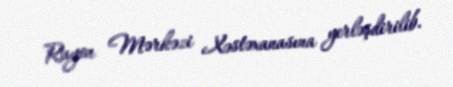
Rayon Mərkəzi Xəstəxanasına yerləşdirilib.